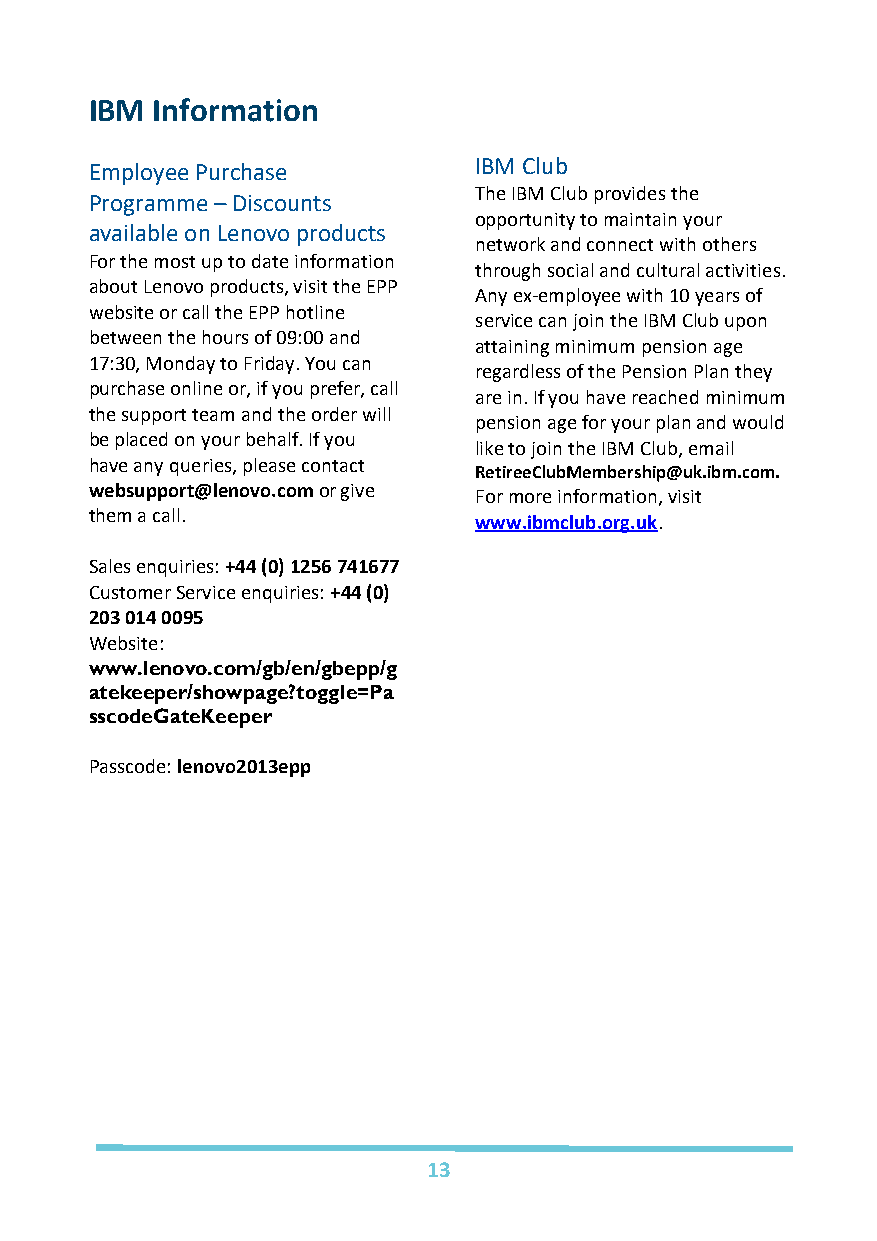
IBM Information
 IBM Club
 Employee Purchase
 The IBM Club provides the
 Programme – Discounts
 opportunity to maintain your
 available on Lenovo products
 network and connect with others
 For the most up to date information
 through social and cultural activities.
 about Lenovo products, visit the EPP
 Any ex-employee with 10 years of
 website or call the EPP hotline
 service can join the IBM Club upon
 between the hours of 09:00 and
 attaining minimum pension age
 17:30, Monday to Friday. You can
 regardless of the Pension Plan they
 purchase online or, if you prefer, call
 are in. If you have reached minimum
 the support team and the order will
 pension age for your plan and would
 be placed on your behalf. If you
 like to join the IBM Club, email
 have any queries, please contact
 RetireeClubMembership@uk.ibm.com.
 websupport@lenovo.com or give For more information, visit
 them a call.             www.ibmclub.org.uk.
 Sales enquiries: +44 (0) 1256 741677
 Customer Service enquiries: +44 (0)
 203 014 0095
 Website:
 www.lenovo.com/gb/en/gbepp/g
 atekeeper/showpage?toggle=Pa
 sscodeGateKeeper
 Passcode: lenovo2013epp
 13